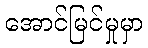
အောင်မြင်မှုမှာ